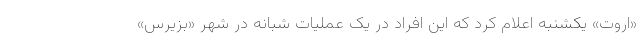
«اروت» یکشنبه اعلام کرد که این افراد در یک عملیات شبانه در شهر «بزیرس»